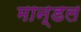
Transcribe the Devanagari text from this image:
मान्डल